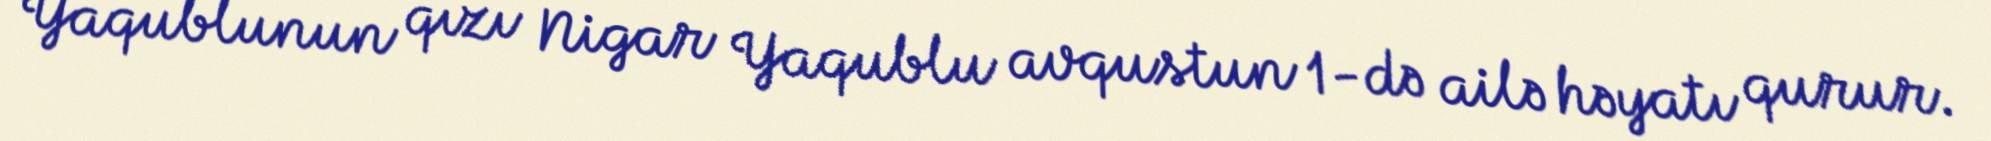
Yaqublunun qızı Nigar Yaqublu avqustun 1-də ailə həyatı qurur.